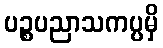
ပဉ္စပညာသကပ္ပမှိ